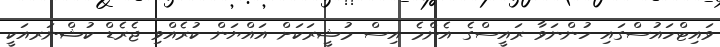
ވައިޓްހައުސްގައި ހުންނަވާ ރައީސްގެ އެންމެ އިސް މުޝީރަކަށް އައްޔަން ކުރެއްވި ޖެރެޑް ކުޝްނަރއަކީ